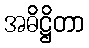
အဓိဋ္ဌိတာ